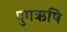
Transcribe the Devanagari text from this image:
युगऋषि